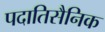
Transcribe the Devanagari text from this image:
पदातिसैनिक